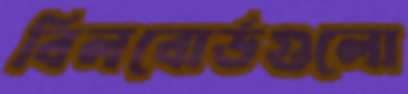
বিলবোর্ডগুলো